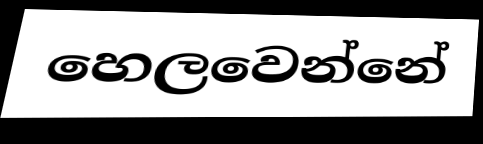
හෙලවෙන්නේ